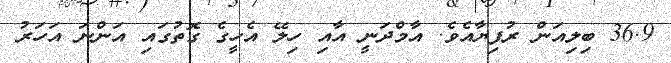
36.9 ބިލިއަން ރުފިޔާއެވެ. އާމްދަނީ އާއި ހިލޭ އެހީގެ ގޮތުގައި އަންނަ އަހަރު